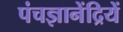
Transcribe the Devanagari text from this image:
पंचज्ञानेंद्रियें